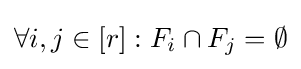
\forall i,j\in [r]:F_{i}\cap F_{j}=\emptyset